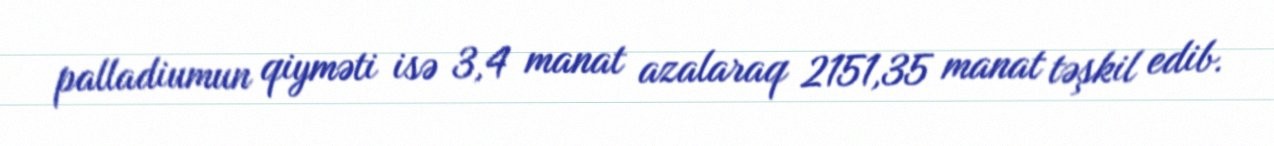
palladiumun qiyməti isə 3,4 manat azalaraq 2151,35 manat təşkil edib.